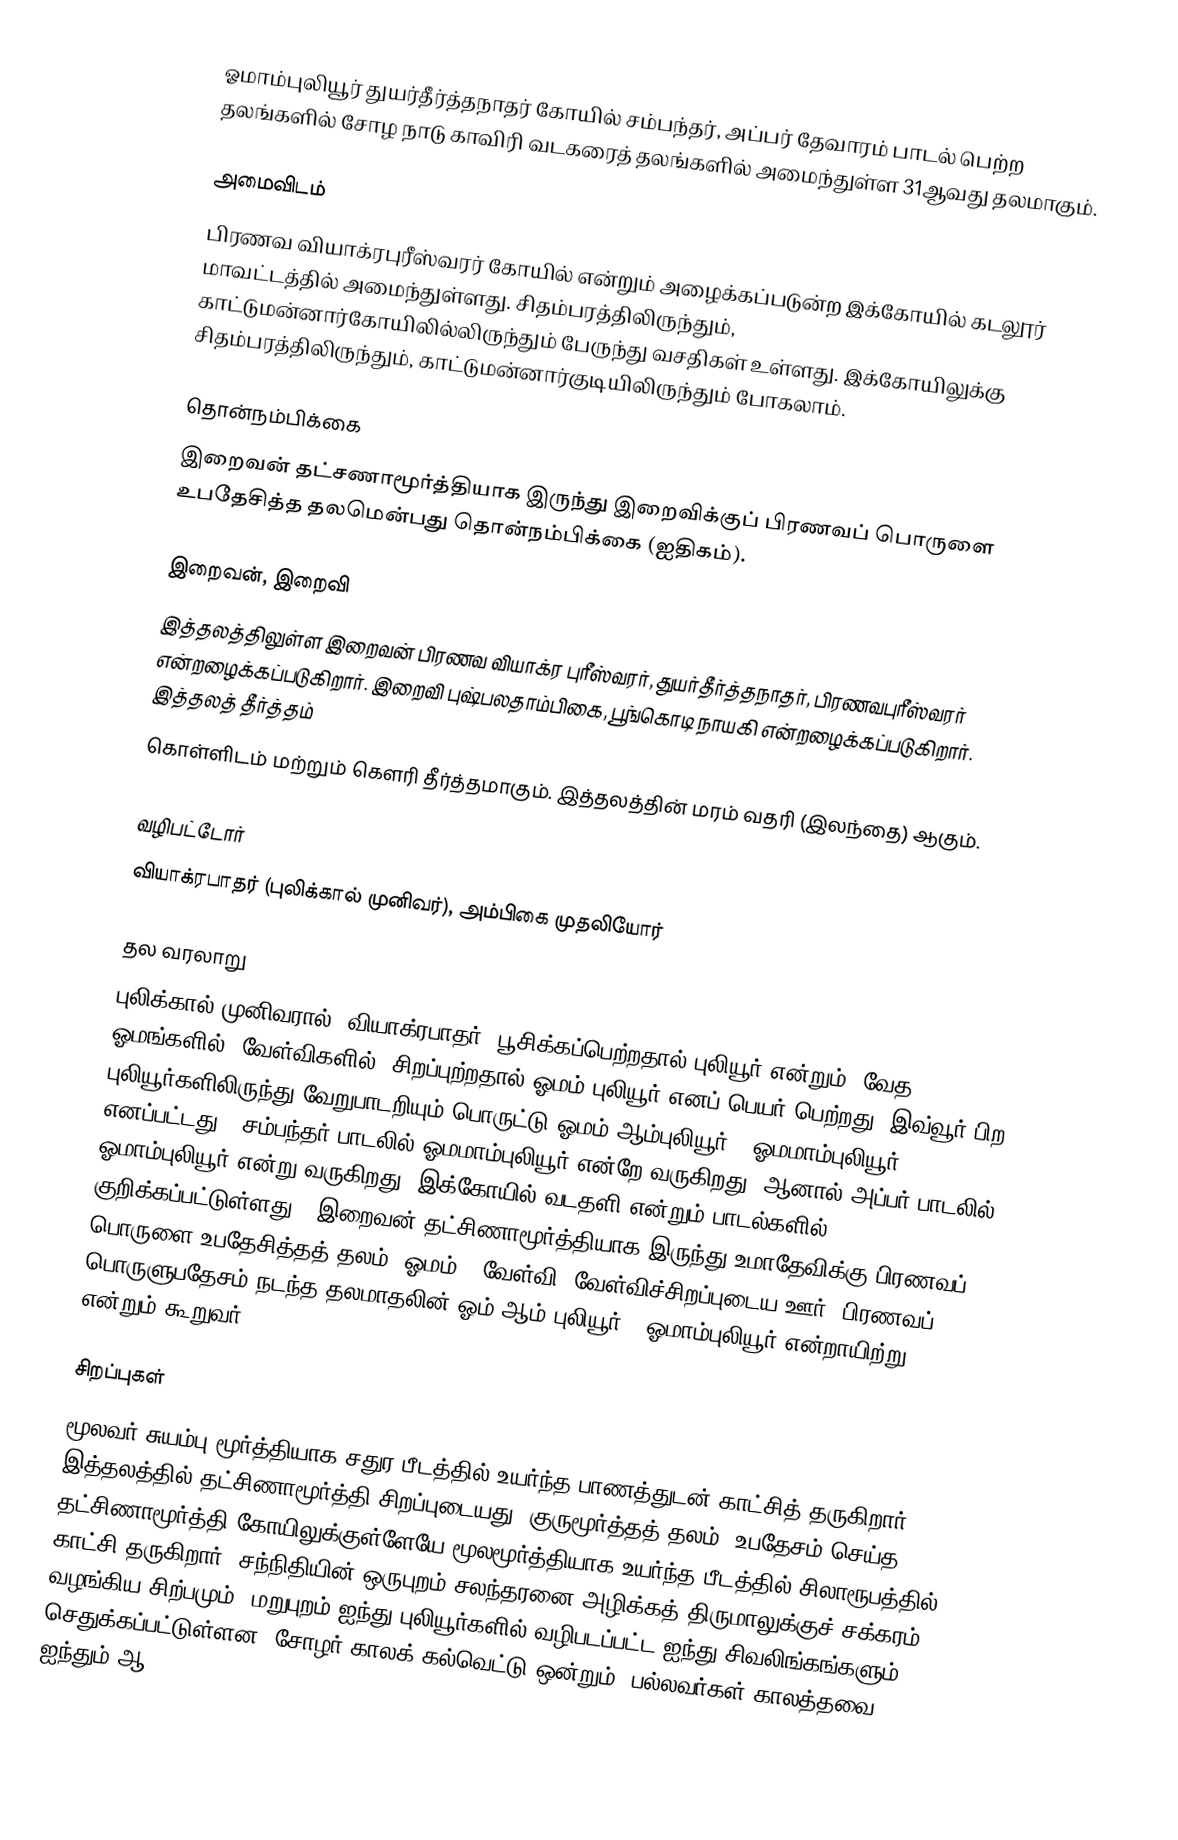
ஓமாம்புலியூர் துயர்தீர்த்தநாதர் கோயில் சம்பந்தர், அப்பர் தேவாரம் பாடல் பெற்ற தலங்களில்  சோழ நாடு காவிரி வடகரைத் தலங்களில் அமைந்துள்ள 31ஆவது  தலமாகும்.

அமைவிடம்
பிரணவ வியாக்ரபுரீஸ்வரர் கோயில் என்றும் அழைக்கப்படுன்ற இக்கோயில் கடலூர் மாவட்டத்தில் அமைந்துள்ளது. சிதம்பரத்திலிருந்தும், காட்டுமன்னார்கோயிலில்லிருந்தும் பேருந்து வசதிகள் உள்ளது. இக்கோயிலுக்கு சிதம்பரத்திலிருந்தும், காட்டுமன்னார்குடியிலிருந்தும் போகலாம்.

தொன்நம்பிக்கை
இறைவன் தட்சணாமூர்த்தியாக இருந்து இறைவிக்குப் பிரணவப் பொருளை உபதேசித்த தலமென்பது தொன்நம்பிக்கை (ஐதிகம்).

இறைவன், இறைவி
இத்தலத்திலுள்ள இறைவன் பிரணவ வியாக்ர புரீஸ்வரர், துயர்தீர்த்தநாதர், பிரணவபுரீஸ்வரர் என்றழைக்கப்படுகிறார். இறைவி புஷ்பலதாம்பிகை, பூங்கொடி நாயகி என்றழைக்கப்படுகிறார். இத்தலத் தீர்த்தம்
கொள்ளிடம் மற்றும் கௌரி தீர்த்தமாகும். இத்தலத்தின் மரம் வதரி (இலந்தை) ஆகும்.

வழிபட்டோர்
வியாக்ரபாதர் (புலிக்கால் முனிவர்), அம்பிகை முதலியோர்

தல வரலாறு
புலிக்கால் முனிவரால் (வியாக்ரபாதர்) பூசிக்கப்பெற்றதால் புலியூர் என்றும், வேத ஓமங்களில் (வேள்விகளில்) சிறப்புற்றதால் ஓமம் புலியூர் எனப் பெயர் பெற்றது. இவ்வூர் பிற புலியூர்களிலிருந்து வேறுபாடறியும் பொருட்டு ஓமம் ஆம்புலியூர் = ஓமமாம்புலியூர் எனப்பட்டது. (சம்பந்தர் பாடலில் ஓமமாம்புலியூர் என்றே வருகிறது. ஆனால் அப்பர் பாடலில் ஓமாம்புலியூர் என்று வருகிறது. இக்கோயில் வடதளி என்றும் பாடல்களில் குறிக்கப்பட்டுள்ளது.) இறைவன் தட்சிணாமூர்த்தியாக இருந்து உமாதேவிக்கு பிரணவப் பொருளை உபதேசித்தத் தலம். ஓமம் - வேள்வி, வேள்விச்சிறப்புடைய ஊர். பிரணவப் பொருளுபதேசம் நடந்த தலமாதலின் ஓம்-ஆம்-புலியூர் = ஓமாம்புலியூர் என்றாயிற்று என்றும் கூறுவர்.

சிறப்புகள்
மூலவர் சுயம்பு மூர்த்தியாக சதுர பீடத்தில் உயர்ந்த பாணத்துடன் காட்சித் தருகிறார். இத்தலத்தில் தட்சிணாமூர்த்தி சிறப்புடையது; குருமூர்த்தத் தலம். உபதேசம் செய்த தட்சிணாமூர்த்தி கோயிலுக்குள்ளேயே மூலமூர்த்தியாக உயர்ந்த பீடத்தில் சிலாரூபத்தில் காட்சி தருகிறார். சந்நிதியின் ஒருபுறம் சலந்தரனை அழிக்கத் திருமாலுக்குச் சக்கரம் வழங்கிய சிற்பமும்; மறுபுறம் ஐந்து புலியூர்களில் வழிபடப்பட்ட ஐந்து சிவலிங்கங்களும் செதுக்கப்பட்டுள்ளன. சோழர் காலக் கல்வெட்டு ஒன்றும், பல்லவர்கள் காலத்தவை ஐந்தும் ஆ